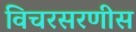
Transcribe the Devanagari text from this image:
विचरसरणीस